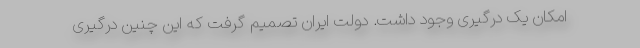
امکان یک درگیری وجود داشت. دولت ایران تصمیم گرفت که این چنین درگیری